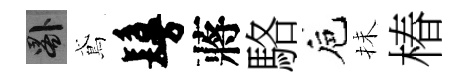
晷鳶鬘蔣駱巵抺椿